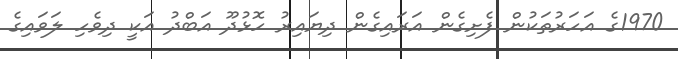
1970ގެ އަހަރުތަކުން ފެށިގެން އަރައިގެން ދިޔައިރު ހޮޅުދޫ އަބްދު އަކީ ދިވެހި ލަވައިގެ